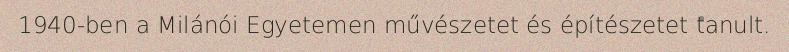
1940-ben a Milánói Egyetemen művészetet és építészetet tanult.